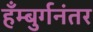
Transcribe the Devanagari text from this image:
हँम्बुर्गनंतर